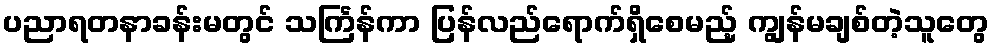
ပညာရတနာခန်းမတွင် သင်္ကြန်ကာ ပြန်လည်ရောက်ရှိစေမည့် ကျွန်မချစ်တဲ့သူတွေ